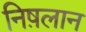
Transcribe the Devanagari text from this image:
निष़लान